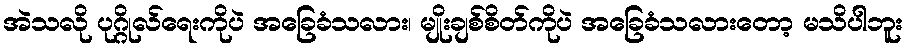
အဲသလို ပုဂ္ဂိုလ်ရေးကိုပဲ အခြေခံသလား၊ မျိုးချစ်စိတ်ကိုပဲ အခြေခံသလားတော့ မသိပါဘူး